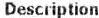
DESCRIPTION